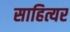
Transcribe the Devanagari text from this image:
साहित्यर